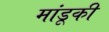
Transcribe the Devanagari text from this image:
मांडूकी